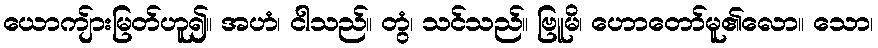
ယောကျ်ားမြတ်ဟူ၍။ အဟံ၊ ငါသည်။ တွံ၊ သင်သည်။ ဗြူမိ၊ ဟောတော်မူ၏လော။ သော၊